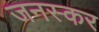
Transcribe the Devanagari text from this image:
जनस्‍कर